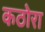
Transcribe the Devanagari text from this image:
कठोरा